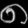
Digit: ၈